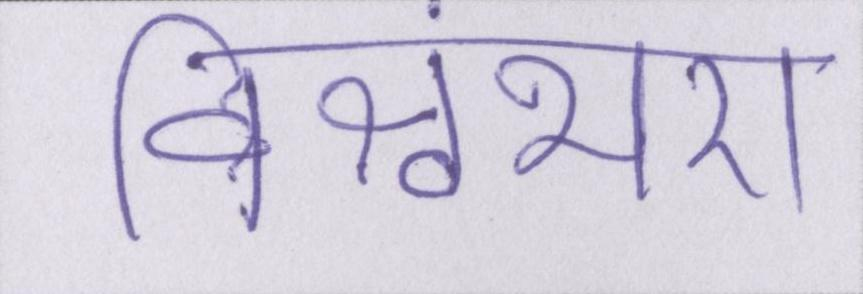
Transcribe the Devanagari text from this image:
विश्वंभरा